Report on vaccination in Madras 1877-1894 - 1877-1894
Year: 1877
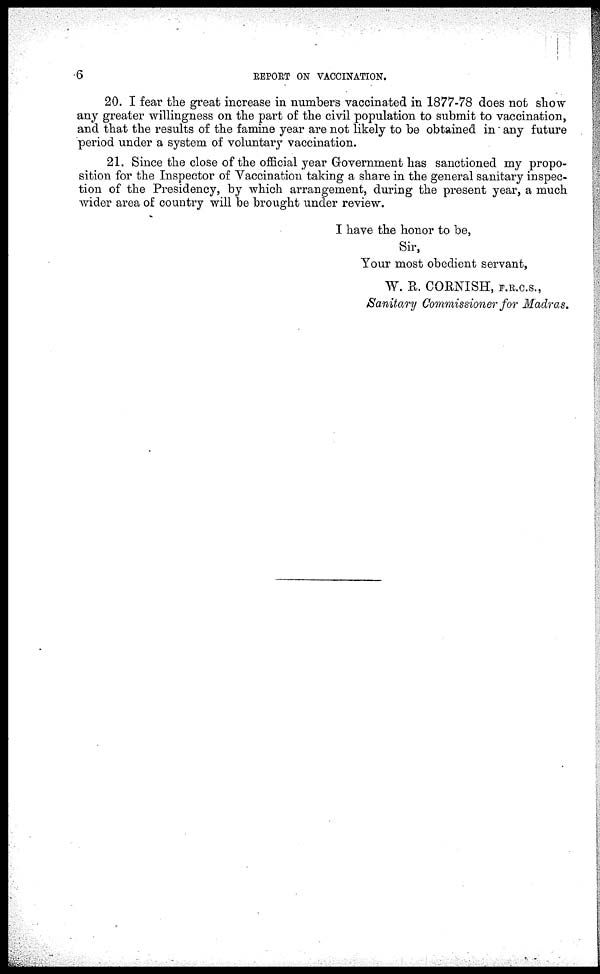
6
REPORT ON VACCINATION.
20. I fear the great increase in numbers vaccinated in 1877-78 does not show
any greater willingness on the part of the civil population to submit to vaccination,
and that the results of the famine year are not likely to be obtained in any future
period under a system of voluntary vaccination.
21. Since the close of the official year Government has sanctioned my propo-
sition for the Inspector of Vaccination taking a share in the general sanitary inspec-
tion of the Presidency, by which arrangement, during the present year, a much
wider area of country will be brought under review.
I have the honor to be,
Sir,
Your most obedient servant,
W. R. CORNISH, F.R.C.S.,
Sanitary Commissioner for Madras.